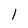
Character: I